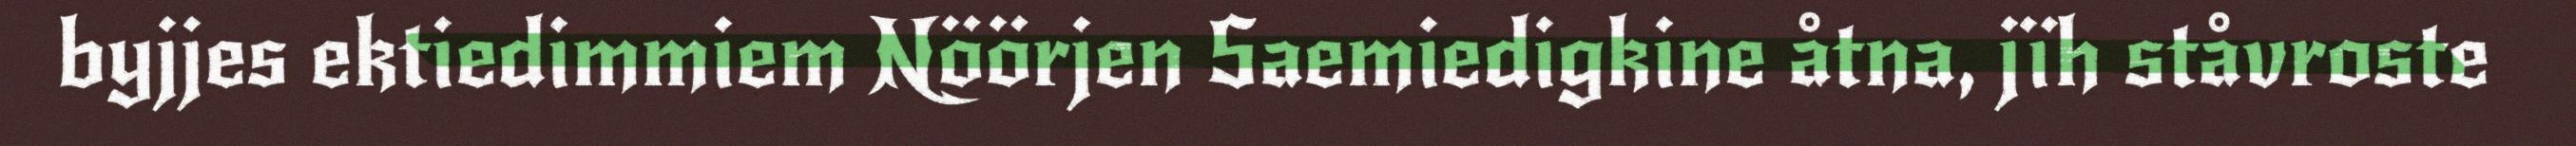
byjjes ektiedimmiem Nöörjen Saemiedigkine åtna, jïh ståvroste